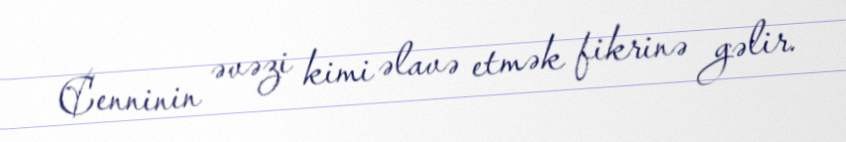
Cenninin əvəzi kimi əlavə etmək fikrinə gəlir.